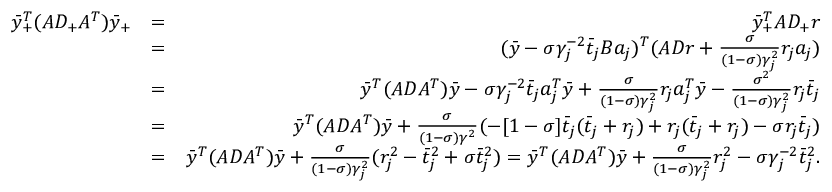
\begin{array} { r l r } { \bar { y } _ { + } ^ { T } ( A D _ { + } A ^ { T } ) \bar { y } _ { + } } & { = } & { \bar { y } _ { + } ^ { T } A D _ { + } r } \\ & { = } & { ( \bar { y } - \sigma \gamma _ { j } ^ { - 2 } \bar { t } _ { j } B a _ { j } ) ^ { T } ( A D r + \frac { \sigma } { ( 1 - \sigma ) \gamma _ { j } ^ { 2 } } r _ { j } a _ { j } ) } \\ & { = } & { \bar { y } ^ { T } ( A D A ^ { T } ) \bar { y } - \sigma \gamma _ { j } ^ { - 2 } \bar { t } _ { j } a _ { j } ^ { T } \bar { y } + \frac { \sigma } { ( 1 - \sigma ) \gamma _ { j } ^ { 2 } } r _ { j } a _ { j } ^ { T } \bar { y } - \frac { \sigma ^ { 2 } } { ( 1 - \sigma ) \gamma _ { j } ^ { 2 } } r _ { j } \bar { t } _ { j } } \\ & { = } & { \bar { y } ^ { T } ( A D A ^ { T } ) \bar { y } + \frac { \sigma } { ( 1 - \sigma ) \gamma ^ { 2 } } ( - [ 1 - \sigma ] \bar { t } _ { j } ( \bar { t } _ { j } + r _ { j } ) + r _ { j } ( \bar { t } _ { j } + r _ { j } ) - \sigma r _ { j } \bar { t } _ { j } ) } \\ & { = } & { \bar { y } ^ { T } ( A D A ^ { T } ) \bar { y } + \frac { \sigma } { ( 1 - \sigma ) \gamma _ { j } ^ { 2 } } ( r _ { j } ^ { 2 } - \bar { t } _ { j } ^ { 2 } + \sigma \bar { t } _ { j } ^ { 2 } ) = \bar { y } ^ { T } ( A D A ^ { T } ) \bar { y } + \frac { \sigma } { ( 1 - \sigma ) \gamma _ { j } ^ { 2 } } r _ { j } ^ { 2 } - \sigma \gamma _ { j } ^ { - 2 } \bar { t } _ { j } ^ { 2 } . } \end{array}